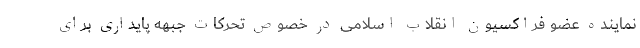
نماینده عضو فراكسیون انقلاب اسلامی در خصوص تحركات جبهه‌ پایداری برای